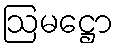
ဩမဋ္ဌော